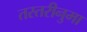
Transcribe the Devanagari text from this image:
तस्तरीनुमा